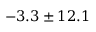
- 3 . 3 \pm 1 2 . 1 \